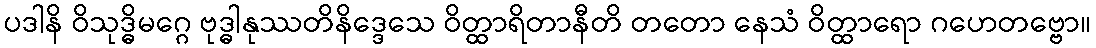
ပဒါနိ ဝိသုဒ္ဓိမဂ္ဂေ ဗုဒ္ဓါနုဿတိနိဒ္ဒေသေ ဝိတ္ထာရိတာနီတိ တတော နေသံ ဝိတ္ထာရော ဂဟေတဗ္ဗော။